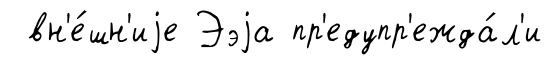
вн'е́шн'иjе Ээjа пр'едупр'ежда́л'и